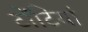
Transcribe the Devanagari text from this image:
टोंटियां